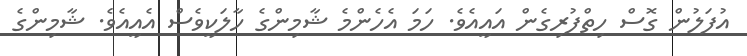
އުފަލުން ގޮސް ހިތްފުރިގެން އައީއެވެ. ހަމަ އެހެންމެ ޝާމިންގެ ހާލަކީވެސް އެއީއެވެ. ޝާމިންގެ